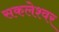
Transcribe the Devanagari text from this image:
सकलेश्वर